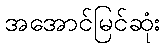
အအောင်မြင်ဆုံး